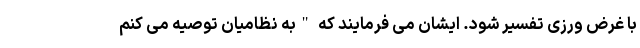
با غرض ورزی تفسیر شود. ایشان می فرمایند که "به نظامیان توصیه می کنم